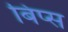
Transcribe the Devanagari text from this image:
बिप्स